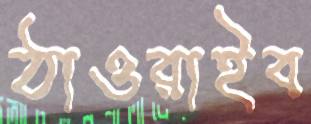
ঠাওরাইব